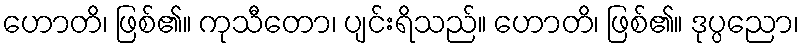
ဟောတိ၊ ဖြစ်၏။ ကုသီတော၊ ပျင်းရိသည်။ ဟောတိ၊ ဖြစ်၏။ ဒုပ္ပညော၊